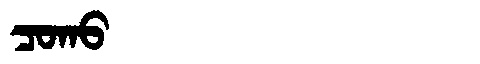
Manchu: ᠴᠣᡴᠣ
Romanization: COKO